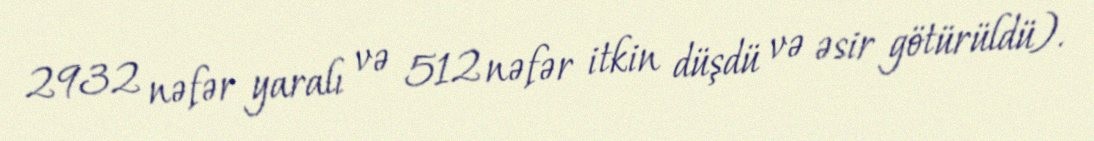
2932 nəfər yaralı və 512 nəfər itkin düşdü və əsir götürüldü).